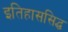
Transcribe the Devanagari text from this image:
इतिहाससिद्ध